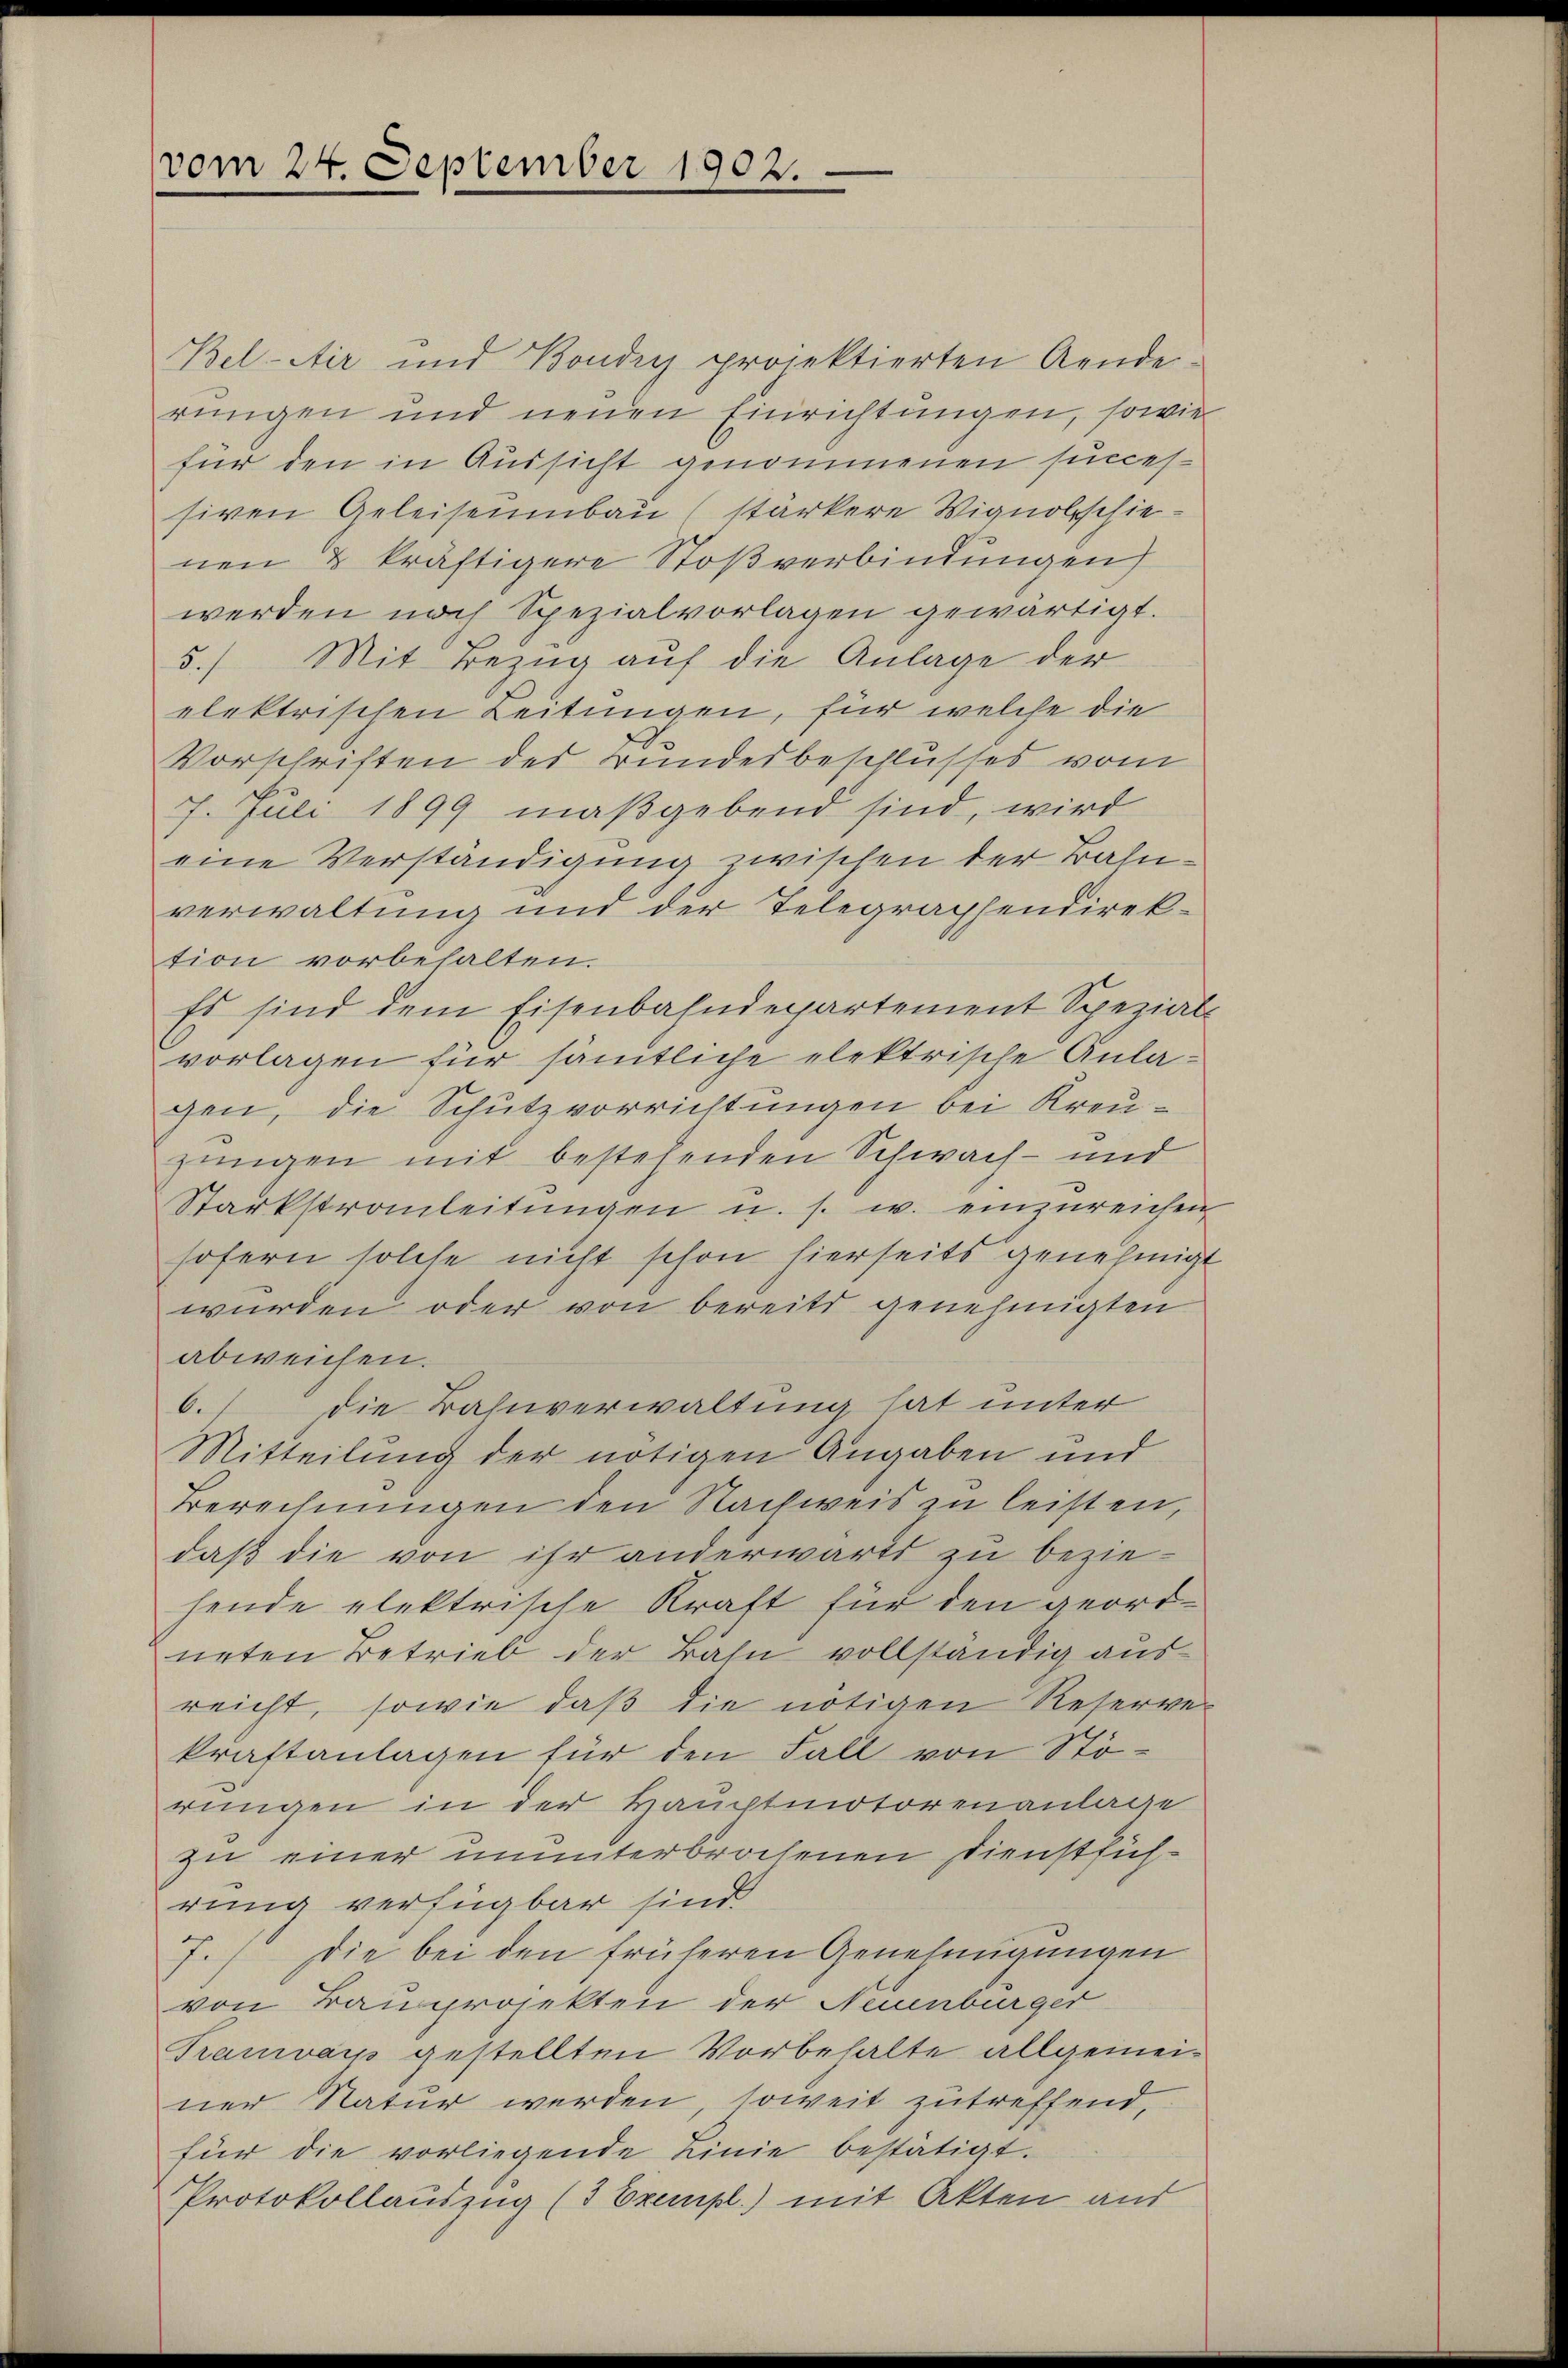
vom 24. September 1902.

Bel-Air und Bondry projektierten Aenderungen und neuen Einrichtungen, sowie
für den in Aussicht genommenen succes-
siven Geleisenbau (stärkere Vignolschienen & kräftigere Stoßverbindungen
werden noch Spezialvorlagen gewärtigt.
5.) Mit Bezug auf die Anlage der
elektrischen Leitungen, für welche die
Vorschriften des Bundesbeschlusses vom
7. Juli 1899 maßgebend sind, wird
eine Verständigung zwischen der Bahnverwaltung und der Telegraphendirektion vorbehalten.
Es sind dem Eisenbahndepartement Spezial-
vorlagen für sämtliche elektrische Anlagen, die Schutzvorrichtungen bei Kreujungen mit bestehenden Schwach- und
Starkstrauleitŭngen u. s. w. einzureichen
sofern solche nicht schon hierseits genehmigt
wurden oder von bereits genehmigten
abweichen.
6.) die Bahnverwaltung hat unter
Mitteilung der nötigen Angaben und
Berechnungen den Nachweis zu leisten,
daß die von ihr anderwärts zu beziehende elektrische Kraft für den geordneten Betrieb der Bahn vollständig ausreicht, sowie daß die nötigen Reserver
kraftanlagen für den Fall von Störungen in der Hauptmotorenanlage
zu einer ununterbrochenen Dienstführung verfügbar sind
7.) Die bei den früheren Genehmigungen
von Bauprojekten der Neuenburger
Tramwais gestellten Vorbehalte allgemeiner Natur werden, soweit zutreffend,
für die vorliegende Linie bestätigt.
Protokollauszug (3 Exempl.) mit Akten aus